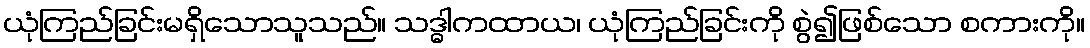
ယုံကြည်ခြင်းမရှိသောသူသည်။ သဒ္ဓါကထာယ၊ ယုံကြည်ခြင်းကို စွဲ၍ဖြစ်သော စကားကို။